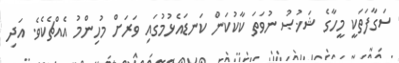
ސަގާފަތަކީ މީހާގެ ޝަޚުޞު ނުވަތަ ކާކުކަން ކަނޑައެޅުމުގައި ވަރަށް މުހިންމު އެއްޗެކެވެ. އަދި